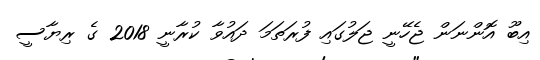
އިބޫ އޮންނަން ޖެހޭނީ ޖަލުގައި ފުރަތަމަ ދައުވާ ކުރާނީ 2018 ގެ ރިޔާސީ